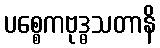
ပစ္စေကဗုဒ္ဓသတာနိ